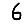
Digit: 6